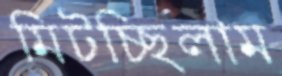
মিটচ্ছিলাম